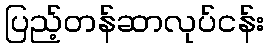
ပြည့်တန်ဆာလုပ်ငန်း